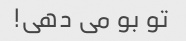
تو بو می دهی!